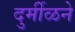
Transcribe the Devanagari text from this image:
दुर्मीळने